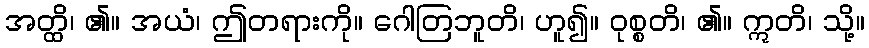
အတ္ထိ၊ ၏။ အယံ၊ ဤတရားကို။ ဂေါတြဘူတိ၊ ဟူ၍။ ဝုစ္စတိ၊ ၏။ ဣတိ၊ သို့။